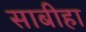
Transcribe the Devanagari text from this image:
साबीहा